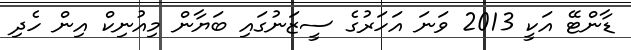
ޑާންޓޭ އަކީ 2013 ވަނަ އަހަރުގެ ސީޒަނުގައި ބަޔާން މިއުނިކް އިން ހެދި